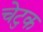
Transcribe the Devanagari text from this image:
चेटुक